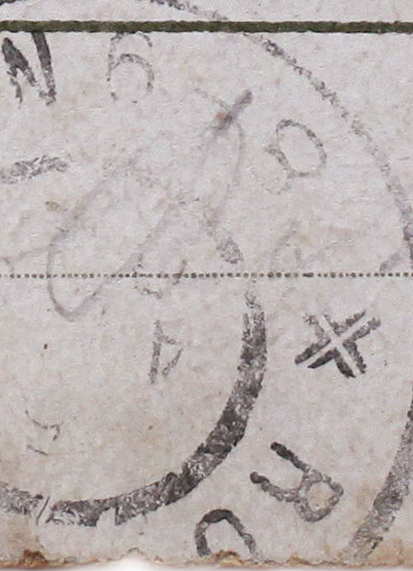
N6 R